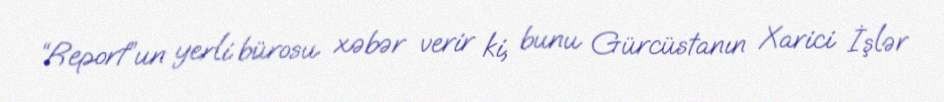
“Report”un yerli bürosu xəbər verir ki, bunu Gürcüstanın Xarici İşlər